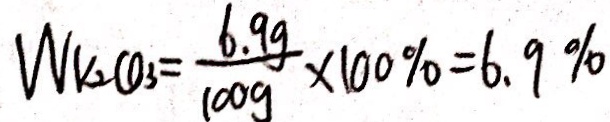
W _ { K _ { 2 } C O _ { 3 } } = \frac { 6 . 9 g } { 1 0 0 g } \times 1 0 0 \% = 6 . 9 \%